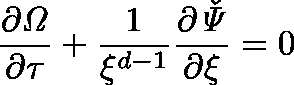
\frac { \partial \mathit { \Omega } } { \partial \tau } + \frac { 1 } { \xi ^ { d - 1 } } \frac { \partial \mathit { \check { \Psi } } } { \partial \xi } = 0